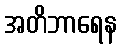
အတိဘာရေန